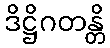
ဒိဋ္ဌိဂတန္တိ